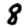
Digit: 8